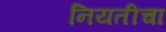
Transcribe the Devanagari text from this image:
नियतीचा